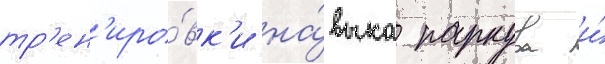
тр'ен'иро́вк'и на́выка паркура и́